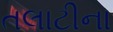
તલાટીના